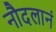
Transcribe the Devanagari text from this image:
नौदलानं